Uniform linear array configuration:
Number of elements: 8
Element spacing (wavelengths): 1
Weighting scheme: kaiser
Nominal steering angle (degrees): -30
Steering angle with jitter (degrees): -30.374
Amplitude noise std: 0.05
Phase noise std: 0.05

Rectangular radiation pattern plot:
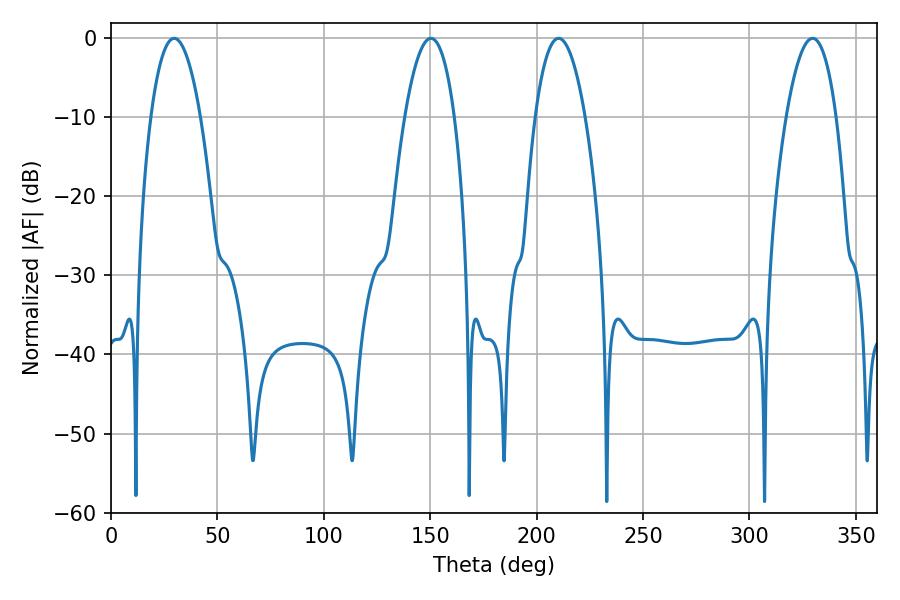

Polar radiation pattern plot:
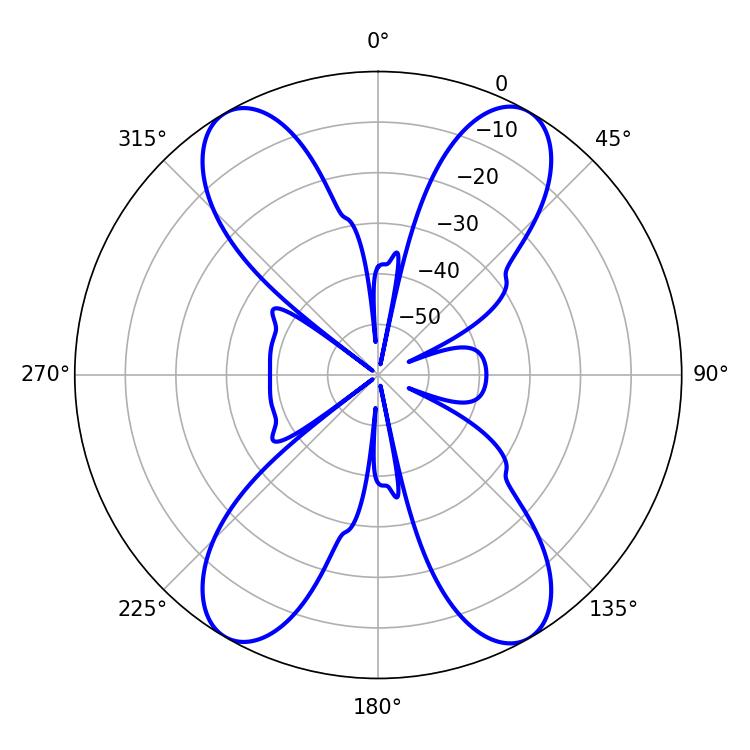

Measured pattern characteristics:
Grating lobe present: TRUE
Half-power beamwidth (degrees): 12.96
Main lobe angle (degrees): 29.7